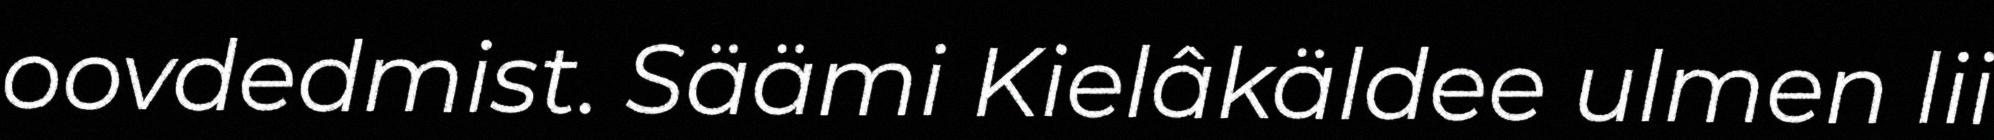
oovdedmist. Säämi Kielâkäldee ulmen lii